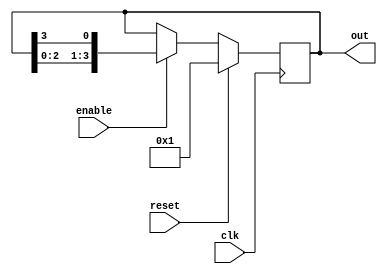
module ring_counter #(
    parameter N = 4  // Parameter to define the number of flip-flops
) (
    input wire clk,         // Clock signal
    input wire reset,       // Synchronous reset signal
    input wire enable,      // Enable signal
    output reg [N-1:0] out  // Output of the ring counter
);

    // Internal signal to hold the next state
    reg [N-1:0] next_state;

    always @(posedge clk) begin
        if (reset) begin
            out <= 1'b1;  // Initialize to 000...001
        end else if (enable) begin
            out <= next_state;  // Update output to the next state
        end
    end

    always @(*) begin
        // Calculate the next state
        next_state = {out[N-2:0], out[N-1]}; // Shift left and wrap around
        next_state[0] = out[N-1]; // Feedback the last bit to the first
    end

endmodule